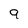
Character: 9